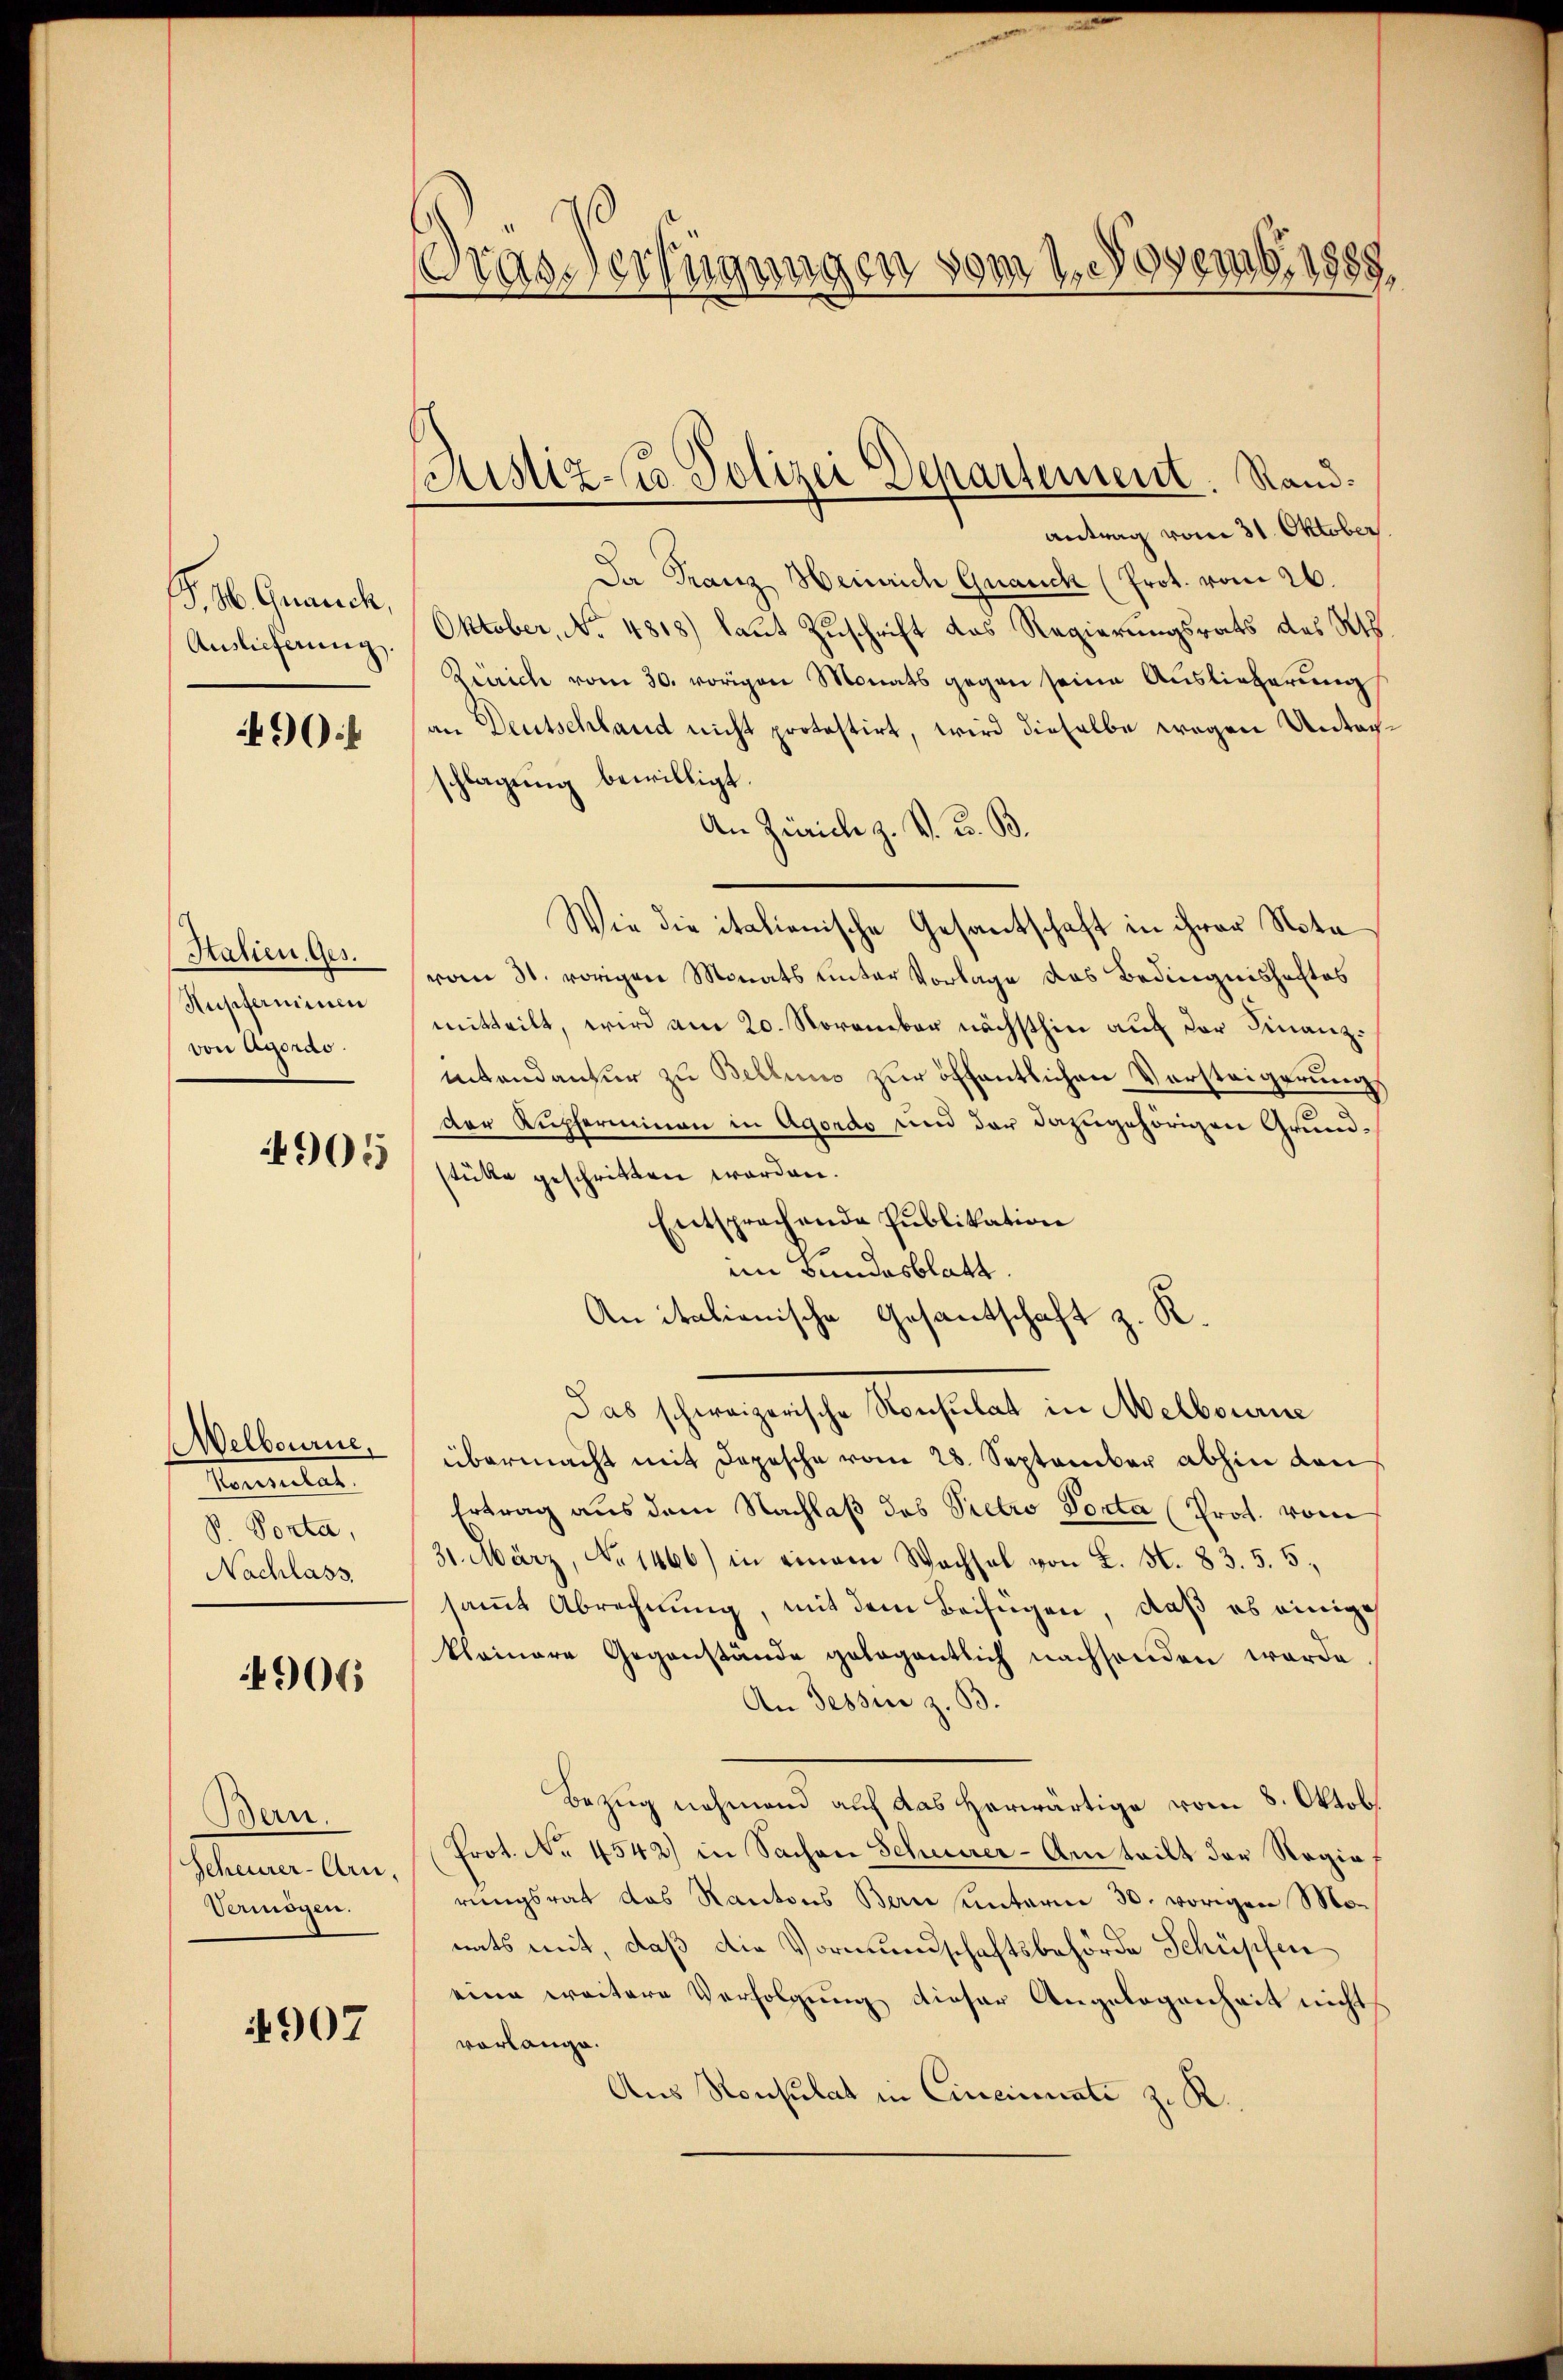
B. Ob. Grauch,
Auslieferung.

90:

Salien. Ges.
Rupfermine
von Agoras.

905

Welbourne.
Tantitat
S. Porta,
Nachlass.

6906

Bern.
Scheurer-Arn,
Vermögen.

4907

rasverfügungen vom 1. Novemb. 1888

Mistz-St. Polizei Separtement. Rand:

antrag vom 31. Oktober.
Da Franz Heinrich Grauch (Prot. vom 26.
Oktober, No. 4818) laut Zuschrift das Regierungsrats des Kts
Rerrich vom 30. vorigen Monats gegen seine Auslieferung
an Deutschland nicht protestirt, wird dieselbe wegen Unterschlagung bewilligt.
An Zürich z. B. G. B.
Wie die italienische Gesantschaft in ihrer Nota
vom 31. vorigen Monats unter Vorlage das Bedingnishaftes
mitteilt, wird am 20. November nächsthin auf der Finanzitendantur zu Bellung zur öffentlichen Vorsteigerungs
der Kupfermeinen in Agordo und der dazugehörigen Grundstütte geschritten worden.
Entsprechende Publikation
im Bundesblatt.
An italienische Gesantschaft z. R.
Das schweizerische Konsulat in Melbourne
übermacht mit Depesche vom 28. September abhin den
Ertrag aus dem Nachlaß des Pretro Porta (Prot. vom
31. März, No 1466) in einem Wachsel von L. N. 83. 5. 5.
samt Abrechnung, mit dem Beifügen, daß ob einige
klainere Gegenstände gelegentlich nachsenden worde
An Tessin z. B.
Bezug nehmend auf das herwärtige vom 8. Oktob
Prot. No. 4542) in Sachen Scheuerer - Anteilt der Ragia
rungsrat das Kantons Bern unterm 30. vorigen Momats mit, daß die Vormundschaftsbehörde Schüpfen
eine weitere Verfolgung dieser Angelegenheit nicht
vorlange.
Aus Konsulat in Cincinuate z. R.